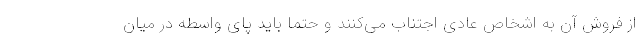
از فروش آن به اشخاص عادی اجتناب می‌کنند و حتما باید پای واسطه در میان